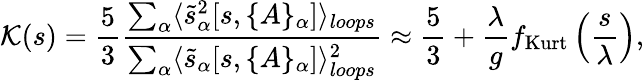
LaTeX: {\cal K}(s)=\frac 53\frac{\sum_{\alpha}\langle\tilde{s}_{\alpha}^{2}[s,\{ A\} _{\alpha}]\rangle_{loops}}{\sum_{\alpha}\langle\tilde{s}_{\alpha}[s,\{ A\} _{\alpha}]\rangle_{loops}^{2}}\approx\frac{5}{3}+\frac{\lambda}{g}f_{\mathrm{Kurt}}\left(\frac{s}{\lambda}\right),